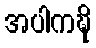
အပါကဍ္ဎိ